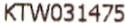
KTW031475